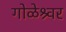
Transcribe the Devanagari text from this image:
गोळेश्र्वर